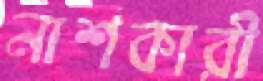
নাশকারী